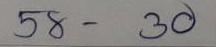
58 - 30